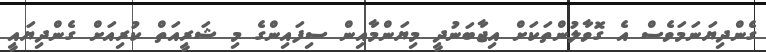
ގެންދިޔަނަމަވެސް އެ ގޮވާލުންތަކަށް އިޖާބަނުދީ މިޔަންމާއިން ސިފައިންގެ މި ޝަރީއަތް ކުރިއަށް ގެންދިޔައީ